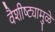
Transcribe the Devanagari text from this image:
वैशीष्ट्यामुळे